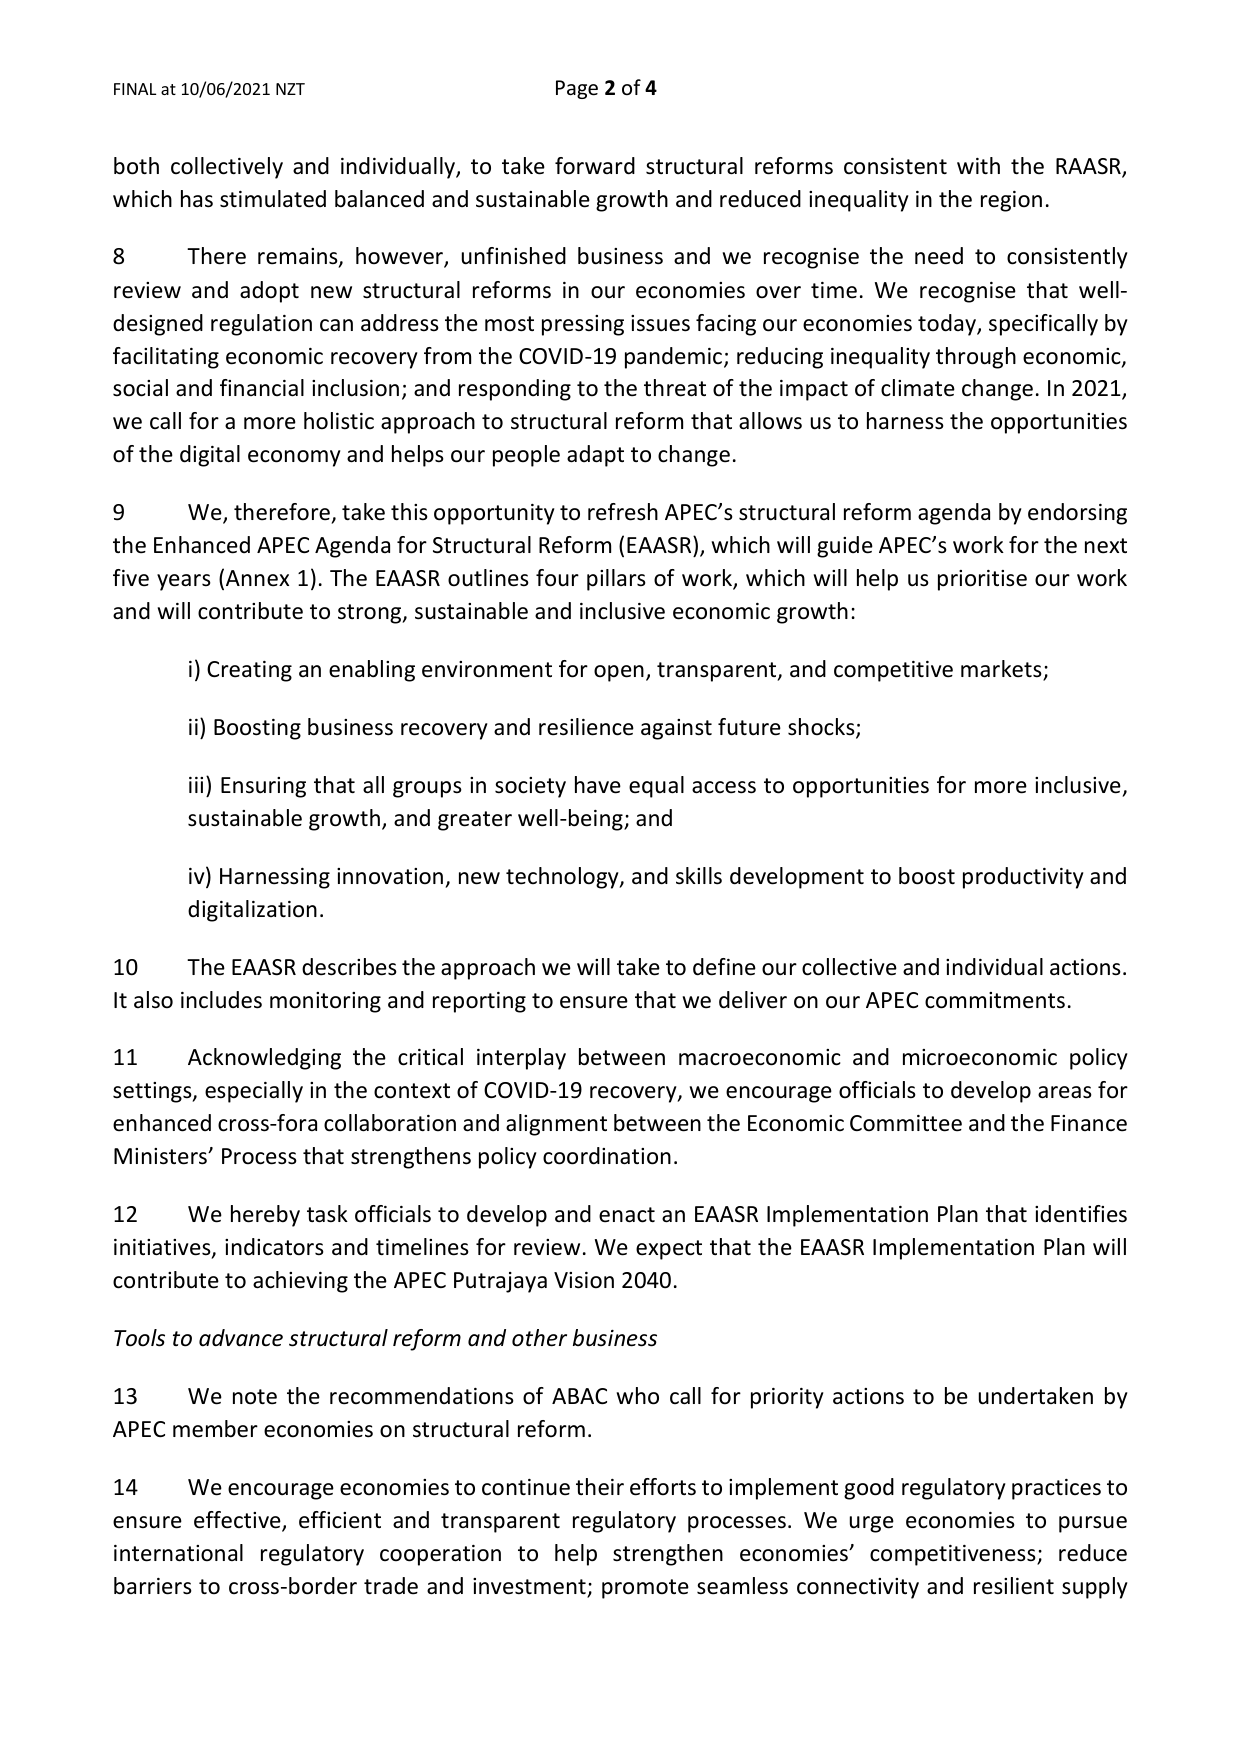
FINAL at 10/06/2021 NZT                                      Page 2 of 4

both collectively and individually, to take forward structural reforms consistent with the RAASR, which has stimulated balanced and sustainable growth and reduced inequality in the region.

8     There remains, however, unfinished business and we recognise the need to consistently review and adopt new structural reforms in our economies over time. We recognise that well-designed regulation can address the most pressing issues facing our economies today, specifically by facilitating economic recovery from the COVID-19 pandemic; reducing inequality through economic, social and financial inclusion; and responding to the threat of the impact of climate change. In 2021, we call for a more holistic approach to structural reform that allows us to harness the opportunities of the digital economy and helps our people adapt to change.

9     We, therefore, take this opportunity to refresh APEC’s structural reform agenda by endorsing the Enhanced APEC Agenda for Structural Reform (EAASR), which will guide APEC’s work for the next five years (Annex 1). The EAASR outlines four pillars of work, which will help us prioritise our work and will contribute to strong, sustainable and inclusive economic growth:

        i) Creating an enabling environment for open, transparent, and competitive markets;

        ii) Boosting business recovery and resilience against future shocks;

        iii) Ensuring that all groups in society have equal access to opportunities for more inclusive, sustainable growth, and greater well-being; and

        iv) Harnessing innovation, new technology, and skills development to boost productivity and digitalization.

10    The EAASR describes the approach we will take to define our collective and individual actions. It also includes monitoring and reporting to ensure that we deliver on our APEC commitments.

11    Acknowledging the critical interplay between macroeconomic and microeconomic policy settings, especially in the context of COVID-19 recovery, we encourage officials to develop areas for enhanced cross-fora collaboration and alignment between the Economic Committee and the Finance Ministers’ Process that strengthens policy coordination.

12    We hereby task officials to develop and enact an EAASR Implementation Plan that identifies initiatives, indicators and timelines for review. We expect that the EAASR Implementation Plan will contribute to achieving the APEC Putrajaya Vision 2040.

Tools to advance structural reform and other business

13    We note the recommendations of ABAC who call for priority actions to be undertaken by APEC member economies on structural reform.

14    We encourage economies to continue their efforts to implement good regulatory practices to ensure effective, efficient and transparent regulatory processes. We urge economies to pursue international regulatory cooperation to help strengthen economies’ competitiveness; reduce barriers to cross-border trade and investment; promote seamless connectivity and resilient supply